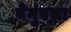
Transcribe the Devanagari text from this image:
बेगुंएला